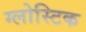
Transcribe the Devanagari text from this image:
ग्लोस्टिक